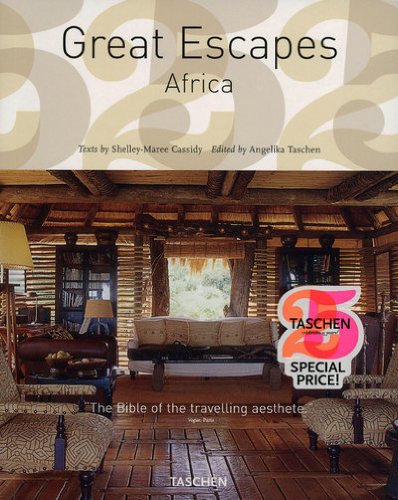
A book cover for Great Escapes Africa (Great Escapes: Taschen 25th Anniversary Special); Shelley-Maree Cassidy; Travel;